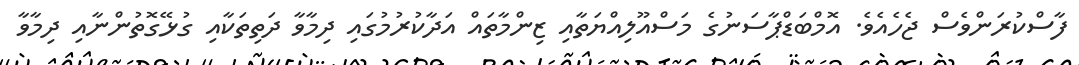
ފާސްކުރަންވެސް ޖެހެއެވެ. އޮމްބަޑްޕާސަނުގެ މަސްއޫލިއްޔަތާއި ޒިންމާތައް އަދާކުރުމުގައި ދިމާވާ ދަތިތަކާއި ގުޅޭގޮތުންނާއި ދިމާވާ